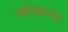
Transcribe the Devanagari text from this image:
ऑटोबानचा